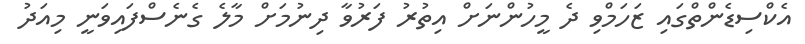
އެކްސިޑެންތްގައި ޒަހަމްވި ދެ މީހުންނަށް އިތުރު ފަރުވާ ދިނުމަށް މާލެ ގެނެސްފައިވަނީ މިއަދު